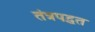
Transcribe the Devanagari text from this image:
तंत्रपद्धत